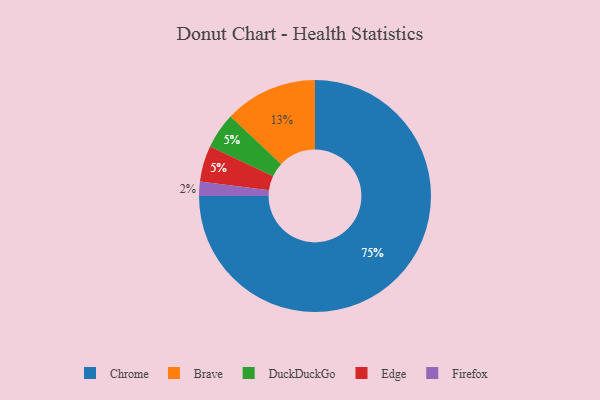
{"axis": {"x": "Category", "y": "Percentage"}, "legend": ["Brave", "Chrome", "DuckDuckGo", "Edge", "Firefox"], "data": [{"x": "Brave", "y": 13, "type": "Brave"}, {"x": "Firefox", "y": 2, "type": "Firefox"}, {"x": "DuckDuckGo", "y": 5, "type": "DuckDuckGo"}, {"x": "Chrome", "y": 75, "type": "Chrome"}, {"x": "Edge", "y": 5, "type": "Edge"}]}